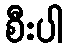
စီးပါ